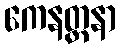
ကေနတ္တနာ